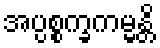
အပ္ပစ္စက္ခကမ္မန္တိ